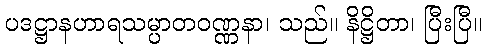
ပဒဋ္ဌာနဟာရသမ္ပာတဝဏ္ဏနာ၊ သည်။ နိဋ္ဌိတာ၊ ပြီးပြီ။